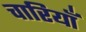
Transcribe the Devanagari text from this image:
चारियाँ